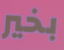
بخير